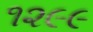
૧૨૯૯